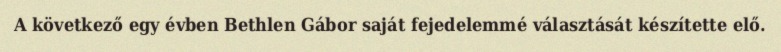
A következő egy évben Bethlen Gábor saját fejedelemmé választását készítette elő.